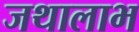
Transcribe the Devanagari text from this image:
जथालाभ